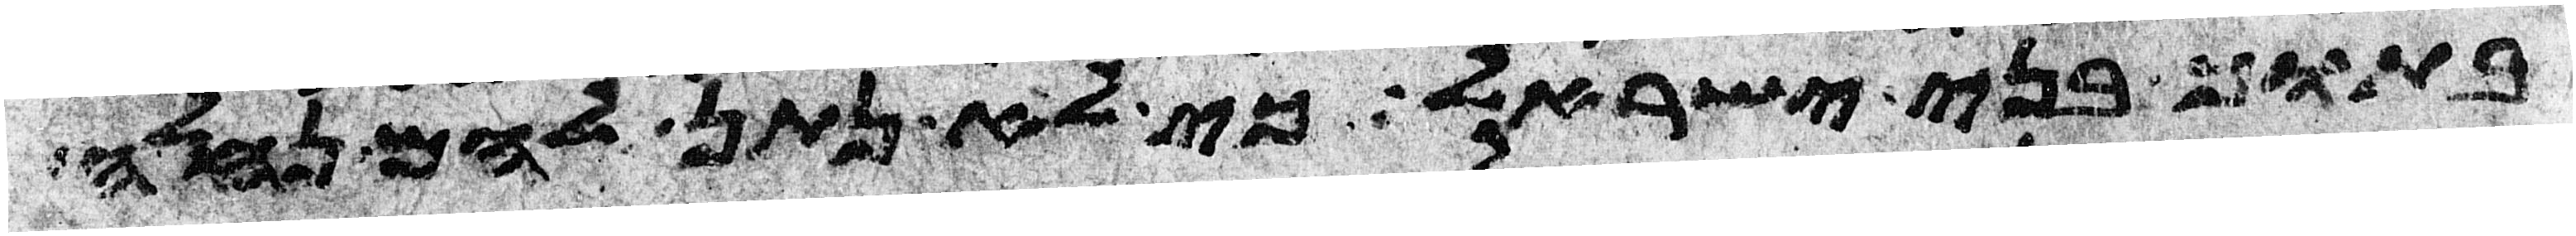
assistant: בתוך בני ישראל כי לא נתן להם נחלה